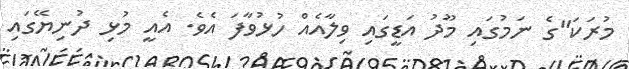
މުރަކަ"ގެ ނަމުގައި މޫދު އަޑީގައި ވިލާއެއް ހުޅުވާފަ އެވެ. އެއީ މުޅި ދުނިޔޭގައި